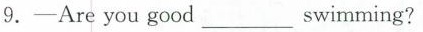
9.-Are you good____swimming?